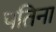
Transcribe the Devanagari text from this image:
पतिना